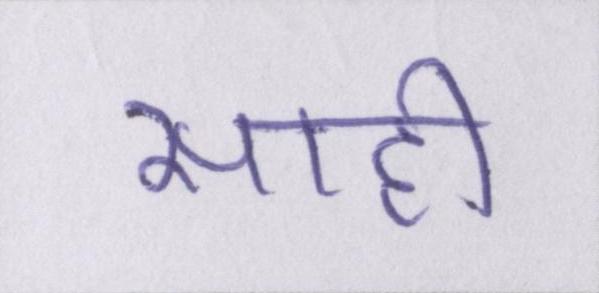
साही